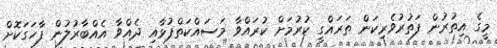
މީގެ އިތުރުން ފަތުރުވެރިކަން ތަރައްގީ ކުރުމަށް ކުރައްވާ މަސައްކަތްޕުޅާއި ދެއްވާ އެއްބާރުލުން ފާހަގަކޮށް